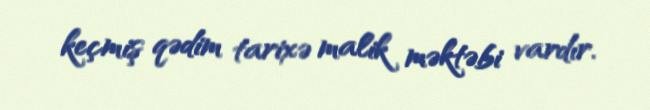
keçmiş qədim tarixə malik məktəbi vardır.